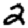
Digit: 2